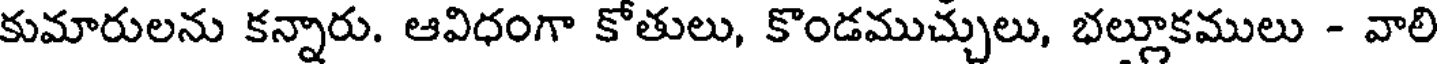
కుమారులను కన్నారు. ఆవిధంగా కోతులు, కొండముచ్చులు, భల్లూకములు - వాలి